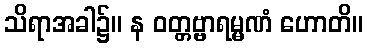
သိရာအခါ၌။ န ဝတ္တဗ္ဗာရမ္မဏံ ဟောတိ။